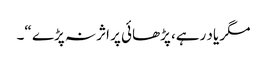
مگر یاد رہے، پڑھائی پر اثر نہ پڑے “۔